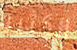
الكثير